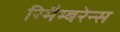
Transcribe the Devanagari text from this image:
रिमैम्बरेन्स